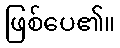
ဖြစ်ပေ၏။